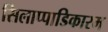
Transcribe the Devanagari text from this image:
सिलाप्पाडिकारम